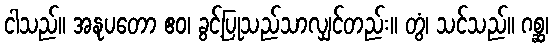
ငါသည်။ အနုပတော ဧဝ၊ ခွင့်ပြုသည်သာလျှင်တည်း။ တွံ၊ သင်သည်။ ဂစ္ဆ၊